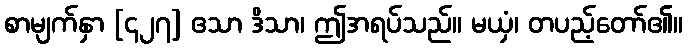
စာမျက်နှာ [၄၂၇] ဧသာ ဒိသာ၊ ဤအရပ်သည်။ မယှံ၊ တပည့်တော်၏။